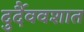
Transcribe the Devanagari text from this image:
दुर्दैववशात